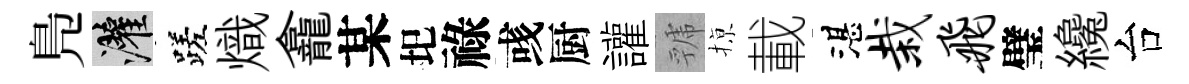
鳬灌蹉熾龕某圯祿彧厨讙虢𢱊載湛栽飞璧纔台